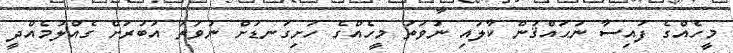
މީހެއްގެ ފައިސާ ނުޙައްޤުން ކާލައި ނުވަތަ މީހެއްގެ ހަށިގަނޑަށް ނުވަތަ އަބުރަށް ގެއްލުމެއްދީ